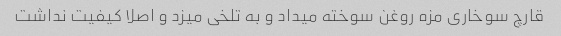
قارچ سوخاری مزه روغن سوخته میداد و به تلخی میزد و اصلا کیفیت نداشت